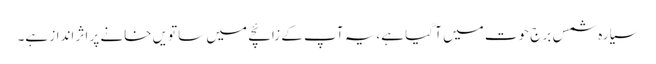
سیارہ شمس برج حوت میں آ گیا ہے،یہ آپ کے زائچے میں ساتویں خانے پر اثر انداز ہے۔